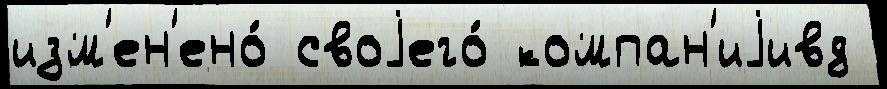
изм'ен'ено́ своjего́ компан'иjивд